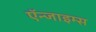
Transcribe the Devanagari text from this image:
ऍन्जाइम्स